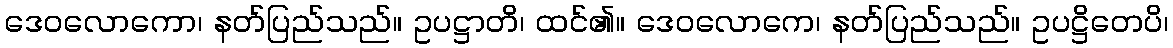
ဒေဝလောကော၊ နတ်ပြည်သည်။ ဥပဋ္ဌာတိ၊ ထင်၏။ ဒေဝလောကေ၊ နတ်ပြည်သည်။ ဥပဋ္ဌိတေပိ၊